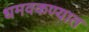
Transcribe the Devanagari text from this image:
धमवकण्यात